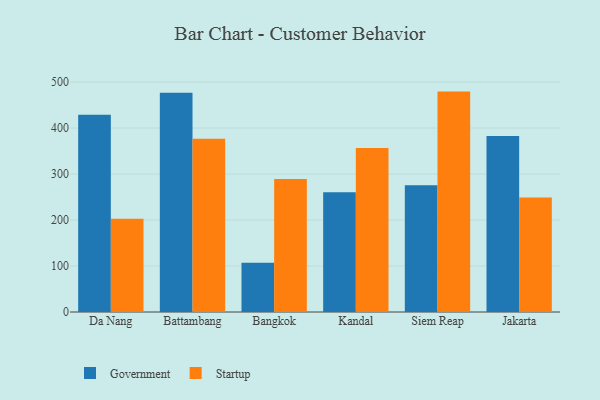
{"axis": {"x": "City", "y": "Shipments"}, "legend": ["Government", "Startup"], "data": [{"x": "Da Nang", "y": 428.7, "type": "Government"}, {"x": "Da Nang", "y": 202.9, "type": "Startup"}, {"x": "Battambang", "y": 476.9, "type": "Government"}, {"x": "Battambang", "y": 376.7, "type": "Startup"}, {"x": "Bangkok", "y": 107.2, "type": "Government"}, {"x": "Bangkok", "y": 289.1, "type": "Startup"}, {"x": "Kandal", "y": 260.2, "type": "Government"}, {"x": "Kandal", "y": 356.5, "type": "Startup"}, {"x": "Siem Reap", "y": 275.5, "type": "Government"}, {"x": "Siem Reap", "y": 479.2, "type": "Startup"}, {"x": "Jakarta", "y": 382.4, "type": "Government"}, {"x": "Jakarta", "y": 248.7, "type": "Startup"}]}